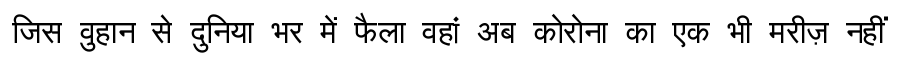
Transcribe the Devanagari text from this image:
जिस वुहान से दुनिया भर में फैला वहां अब कोरोना का एक भी मरीज़ नहीं